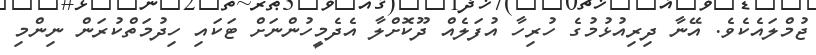
ޖުމްލައެކެވެ. އޭނާ ދިރިއުޅުމުގެ ހުރިހާ އުފަލެއް ދޫކޮށްލާ އެދެމީހުންނަށް ޓަކައި ހިދުމަތްކުރަން ނިންމި